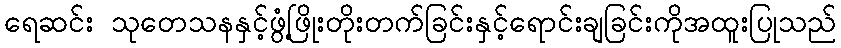
ရေဆင်း သုတေသနနှင့်ဖွံ့ဖြိုးတိုးတက်ခြင်းနှင့်ရောင်းချခြင်းကိုအထူးပြုသည်